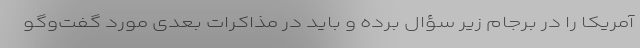
آمریکا را در برجام زیر سؤال برده و باید در مذاکرات بعدی مورد گفت‌وگو